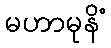
မဟာမုနိံ